Civil Veterinary Dept. Bombay admin report 1907-1913 - 1907-1913
Year: 1907
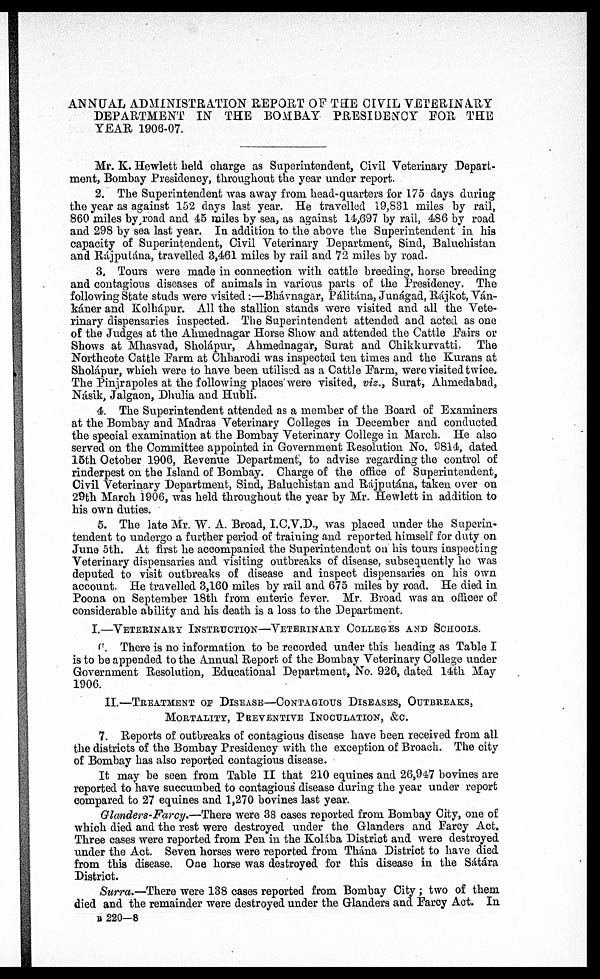
ANNUAL ADMINISTRATION REPORT OF THE CIVIL VETERINARY
DEPARTMENT IN THE BOMBAY PRESIDENCY FOR THE
YEAR 1906-07.
Mr. K. Hewlett held charge as Superintendent, Civil Veterinary Depart-
ment, Bombay Presidency, throughout the year under report.
2. The Superintendent was away from head-quarters for 175 days during
the year as against 152 days last year. He travelled 19,831 miles by rail,
860 miles by road and 45 miles by sea, as against 14,697 by rail, 486 by road
and 298 by sea last year. In addition to the above the Superintendent in his
capacity of Superintendent, Civil Veterinary Department, Sind, Baluchistan
and Rájputána, travelled 3,461 miles by rail and 72 miles by road.
3. Tours were made in connection with cattle breeding, horse breeding
and contagious diseases of animals in various parts of the Presidency. The
following State studs were visited:—Bhávnagar, Pálitána, Junágad, Rájkot, Ván-
káner and Kolhápur. All the stallion stands were visited and all the Vete-
rinary dispensaries inspected. The Superintendent attended and acted as one
of the Judges at the Ahmednagar Horse Show and attended the Cattle Fairs or
Shows at Mhasvad, Sholápur, Ahmednagar, Surat and Chikkurvatti, The
Northcote Cattle Farm at Chharodi was inspected ten times and the Kurans at
Sholápur, which were to have been utilised as a Cattle Farm, were visited twice.
The Pinjrapoles at the following places were visited, viz., Surat, Ahmedabad,
Násik, Jalgaon, Dhulia and Hubli.
4. The Superintendent attended as a member of the Board of Examiners
at the Bombay and Madras Veterinary Colleges in December and conducted
the special examination at the Bombay Veterinary College in March. He also
served on the Committee appointed in Government Resolution No. 9814, dated
15th October 1906, Revenue Department, to advise regarding the control of
rinderpest on the Island of Bombay. Charge of the office of Superintendent,
Civil Veterinary Department, Sind, Baluchistan and Rájputána, taken over on
29th March 1906, was held throughout the year by Mr. Hewlett in addition to
his own duties.
5. The late Mr. W. A. Broad, I.C.V.D., was placed under the Superin-
tendent to undergo a further period of training and reported himself for duty on
June 5th. At first he accompanied the Superintendent on his tours inspecting
Veterinary dispensaries and visiting outbreaks of disease, subsequently he was
deputed to visit outbreaks of disease and inspect dispensaries on his own
account. He travelled 3,160 miles by rail and 675 miles by road. He died in
Poona on September 18th from enteric fever. Mr. Broad was an officer of
considerable ability and his death is a loss to the Department.
I.—VETERINARY INSTRUCTION—VETERINARY COLLEGES AND SCHOOLS.
6. There is no information to be recorded under this heading as Table I
is to be appended to the Annual Report of the Bombay Veterinary College under
Government Resolution, Educational Department, No. 926, dated 14th May
1906.
II.—TREATMENT OF DISEASE—CONTAGIOUS DISEASES, OUTBREAKS,
MORTALITY, PREVENTIVE INOCULATION, &C.
7. Reports of outbreaks of contagious disease have been received from all
the districts of the Bombay Presidency with the exception of Broach. The city
of Bombay has also reported contagious disease.
It may be seen from Table II that 210 equines and 26,947 bovines are
reported to have succumbed to contagious disease during the year under report
compared to 27 equines and 1,270 bovines last year.
Glanders-Farcy.—There were 38 cases reported from Bombay City, one of
which died and the rest were destroyed under the Glanders and Farcy Act.
Three cases were reported from Pen in the Kolába District and were destroyed
under the Act. Seven horses were reported from Thána District to have died
from this disease. One horse was destroyed for this disease in the Sátára
District.
Surra.—There were 138 cases reported from Bombay City; two of them
died and the remainder were destroyed under the Glanders and Farcy Act. In
B 220—8